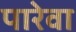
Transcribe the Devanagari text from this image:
पारेवा